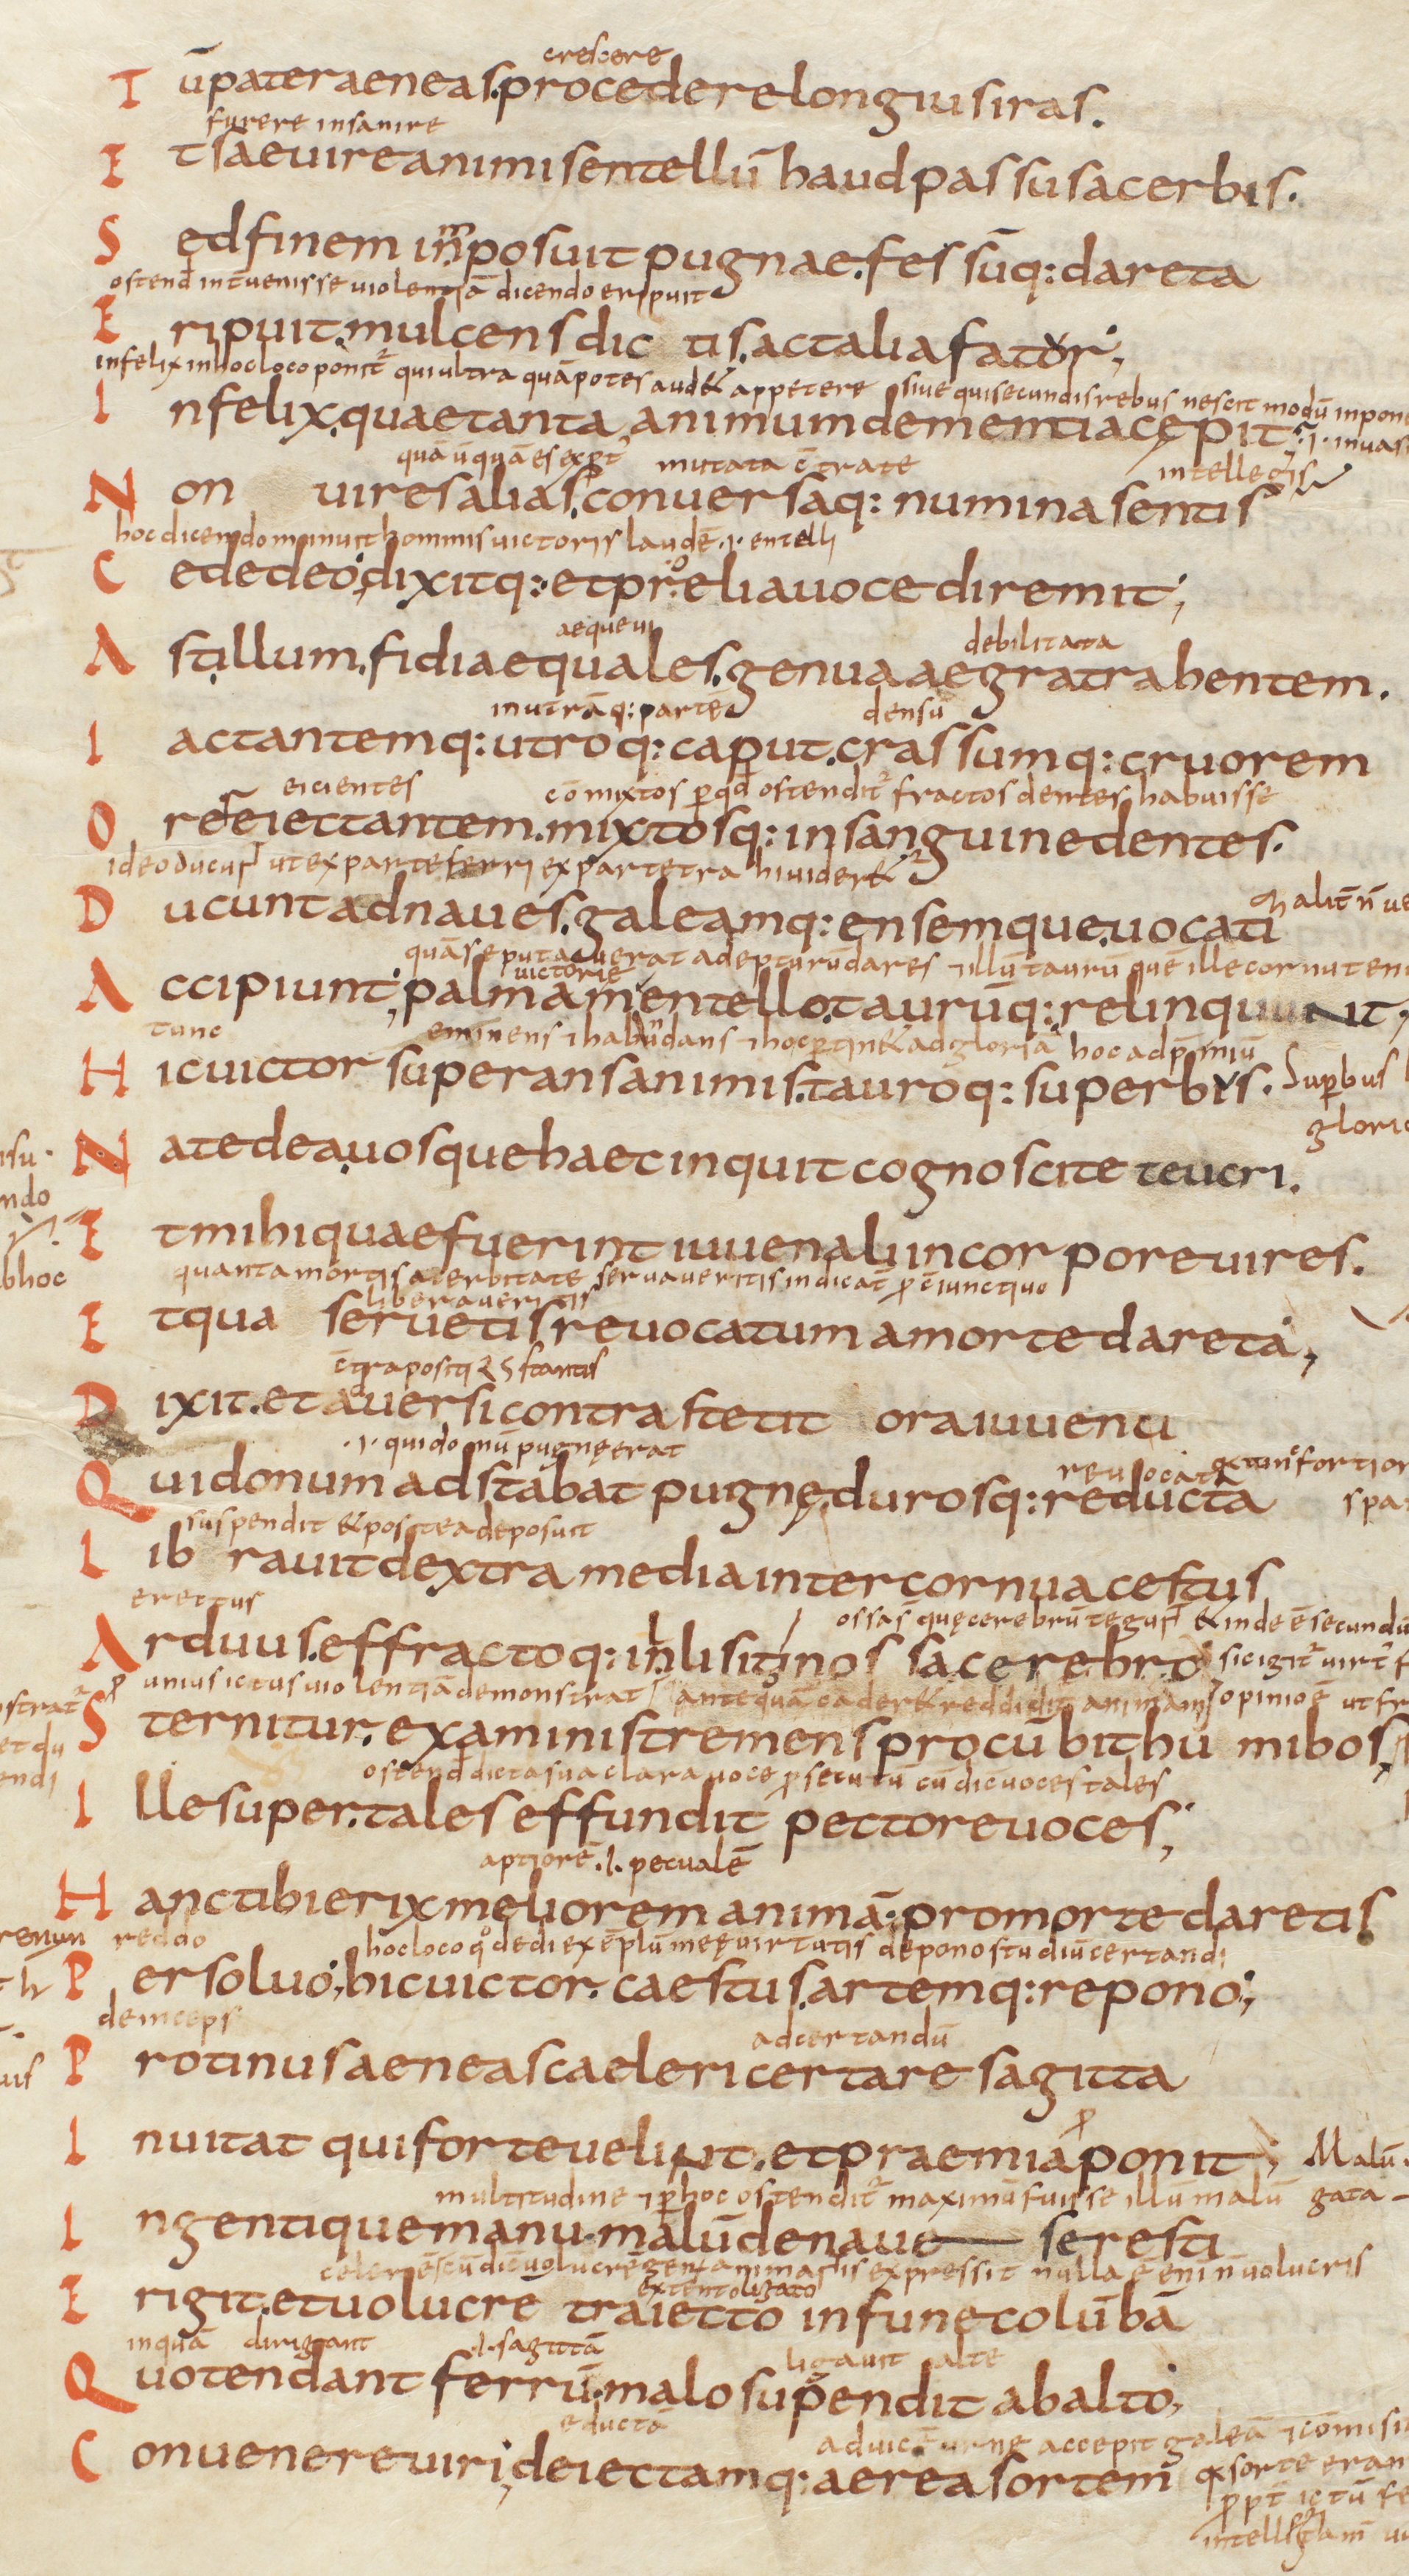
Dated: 825–849